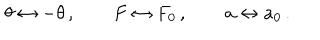
\theta \leftrightarrow - \theta \, , \qquad F \leftrightarrow F _ { 0 } \, , \qquad a \leftrightarrow a _ { 0 } \, .